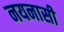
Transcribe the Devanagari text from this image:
नयनासी